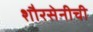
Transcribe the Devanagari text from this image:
शौरसेनीची